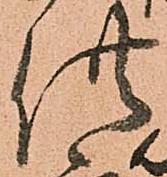
供